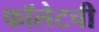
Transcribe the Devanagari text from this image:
फॉलेटची